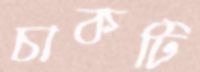
চাকটি